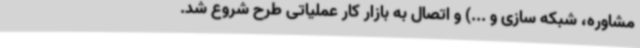
مشاوره، شبکه سازی و ...) و اتصال به بازار کار عملیاتی طرح شروع شد.